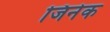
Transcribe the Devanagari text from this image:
जिनेक